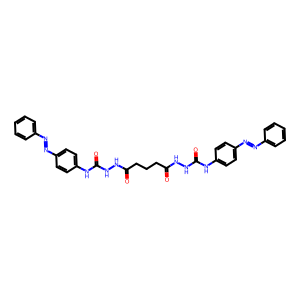
SMILES: O=C(CCCC(=O)NNC(=O)Nc1ccc(N=Nc2ccccc2)cc1)NNC(=O)Nc1ccc(N=Nc2ccccc2)cc1
Inhibits HIV replication: No